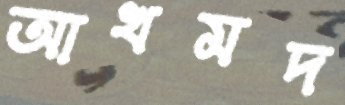
আখমদ